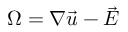
\boldsymbol { \Omega } = \boldsymbol { \nabla } \vec { u } - \vec { E }